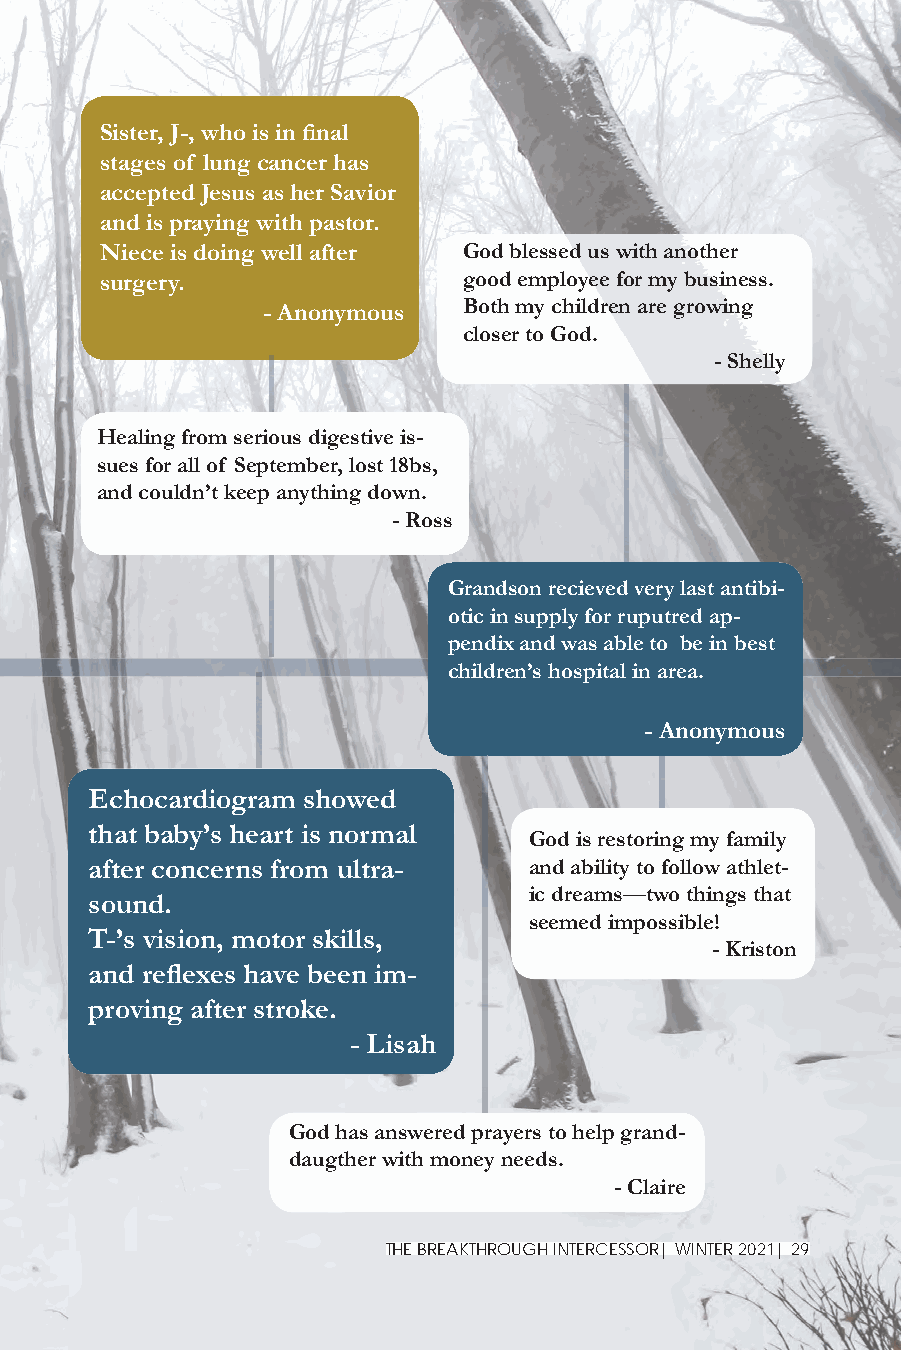
Sister, J-, who is in fi nal
 stages of lung cancer has
 accepted Jesus as her Savior
 and is praying with pastor.
 Niece is doing well after God blessed us with another
 surgery.                good employee for my business.
 - Anonymous   Both my children are growing
 closer to God.
 - Shelly
 Healing from serious digestive is-
 sues for all of September, lost 18bs,
 and couldn’t keep anything down.
 - Ross
 Grandson recieved very last antibi-
 otic in supply for ruputred ap-
 pendix and was able to be in best
 children’s hospital in area.
 - Anonymous
 Echocardiogram showed
 that baby’s heart is normal
 God is restoring my family
 after concerns from ultra-   and ability to follow athlet-
 ic dreams—two things that
 sound.
 seemed impossible!
 T-’s vision, motor skills,
 - Kriston
 and refl exes have been im-
 proving after stroke.
 - Lisah
 God has answered prayers to help grand-
 daugther with money needs.
 - Claire
 THE BREAKTHROUGH INTERCESSOR| WINTER 2021| 29